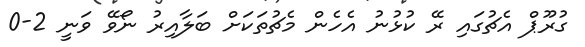
ގުރޫޕް އެޗުގައި ރޭ ކުޅުނު އެހެން މެޗުތަކަށް ބަލާއިރު ނޯވޭ ވަނީ 2-0